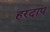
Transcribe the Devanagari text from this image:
हरदाप